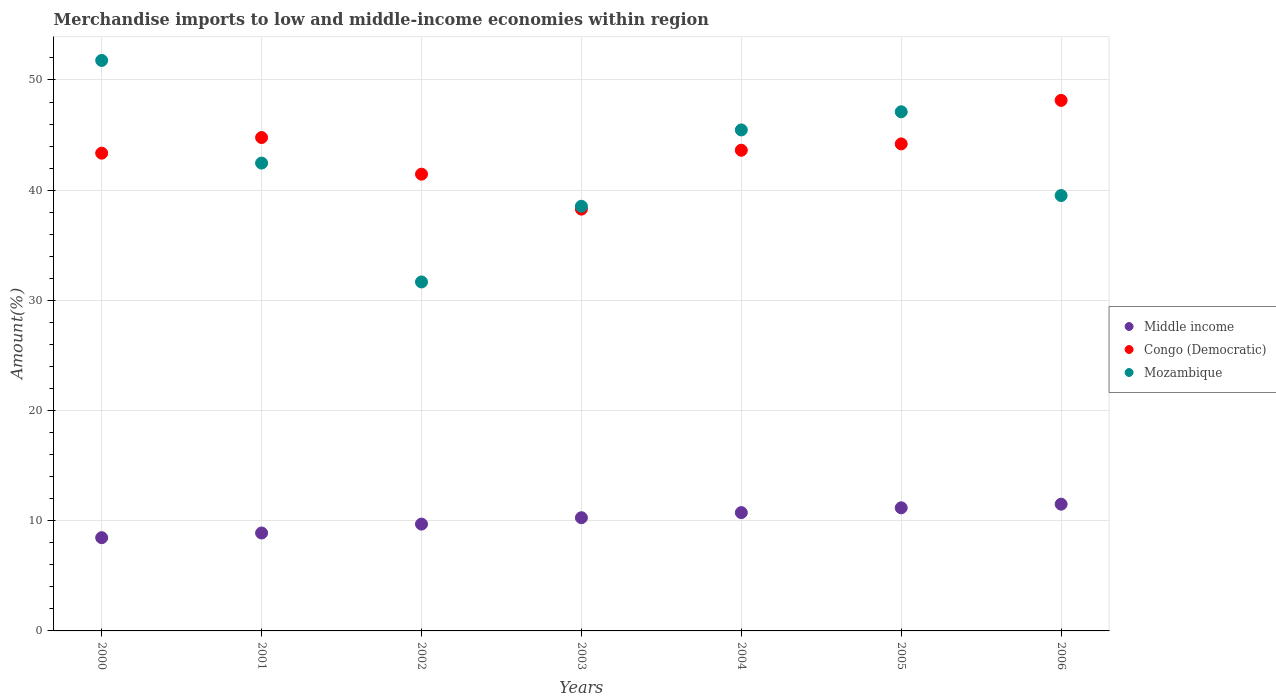
| Years | Middle income | Congo (Democratic) | Mozambique |
 | --- | --- | --- | --- |
 | 2000 | 8.46 | 43.4 | 51.8 |
 | 2001 | 8.89 | 44.8 | 42.5 |
 | 2002 | 9.69 | 41.5 | 31.7 |
 | 2003 | 10.3 | 38.3 | 38.5 |
 | 2004 | 10.7 | 43.6 | 45.5 |
 | 2005 | 11.2 | 44.2 | 47.1 |
 | 2006 | 11.5 | 48.1 | 39.5 |